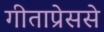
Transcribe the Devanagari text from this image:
गीताप्रेससे